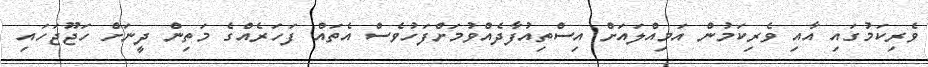
ވެރިކަމުގައި އާއި ވެރިކަމުން އަމިއްލައަށް އިސްތިއުފާދެއްވުމަށްފަހުވެސް އެތައް ފަހަރެއްގެ މަތިން ދީނަށް ހަޖޫޖަހައި